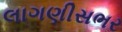
લાગણીસભર